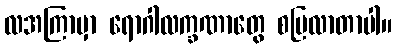
လအကြာမှာ ရောဂါလက္ခဏာတွေ စပြလာတာပါ။